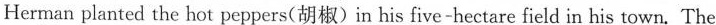
Her man planted the hot peppers(胡椒)in his five-hectare field in his town. The